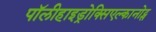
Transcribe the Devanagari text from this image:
पॉलीहाइड्रोक्सिएल्कानोट्स